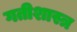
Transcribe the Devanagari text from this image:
गतीशास्त्र